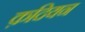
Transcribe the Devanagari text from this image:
क़दियन